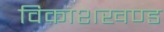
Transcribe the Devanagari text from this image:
विकाशखण्ड